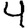
Digit: 4